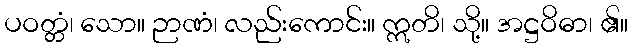
ပဝတ္တံ၊ သော။ ဉာဏံ၊ လည်းကောင်း။ ဣတိ၊ သို့။ အဋ္ဌဝိဓာ၊ ၏။